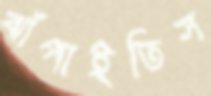
ঝাঁপাইতিস